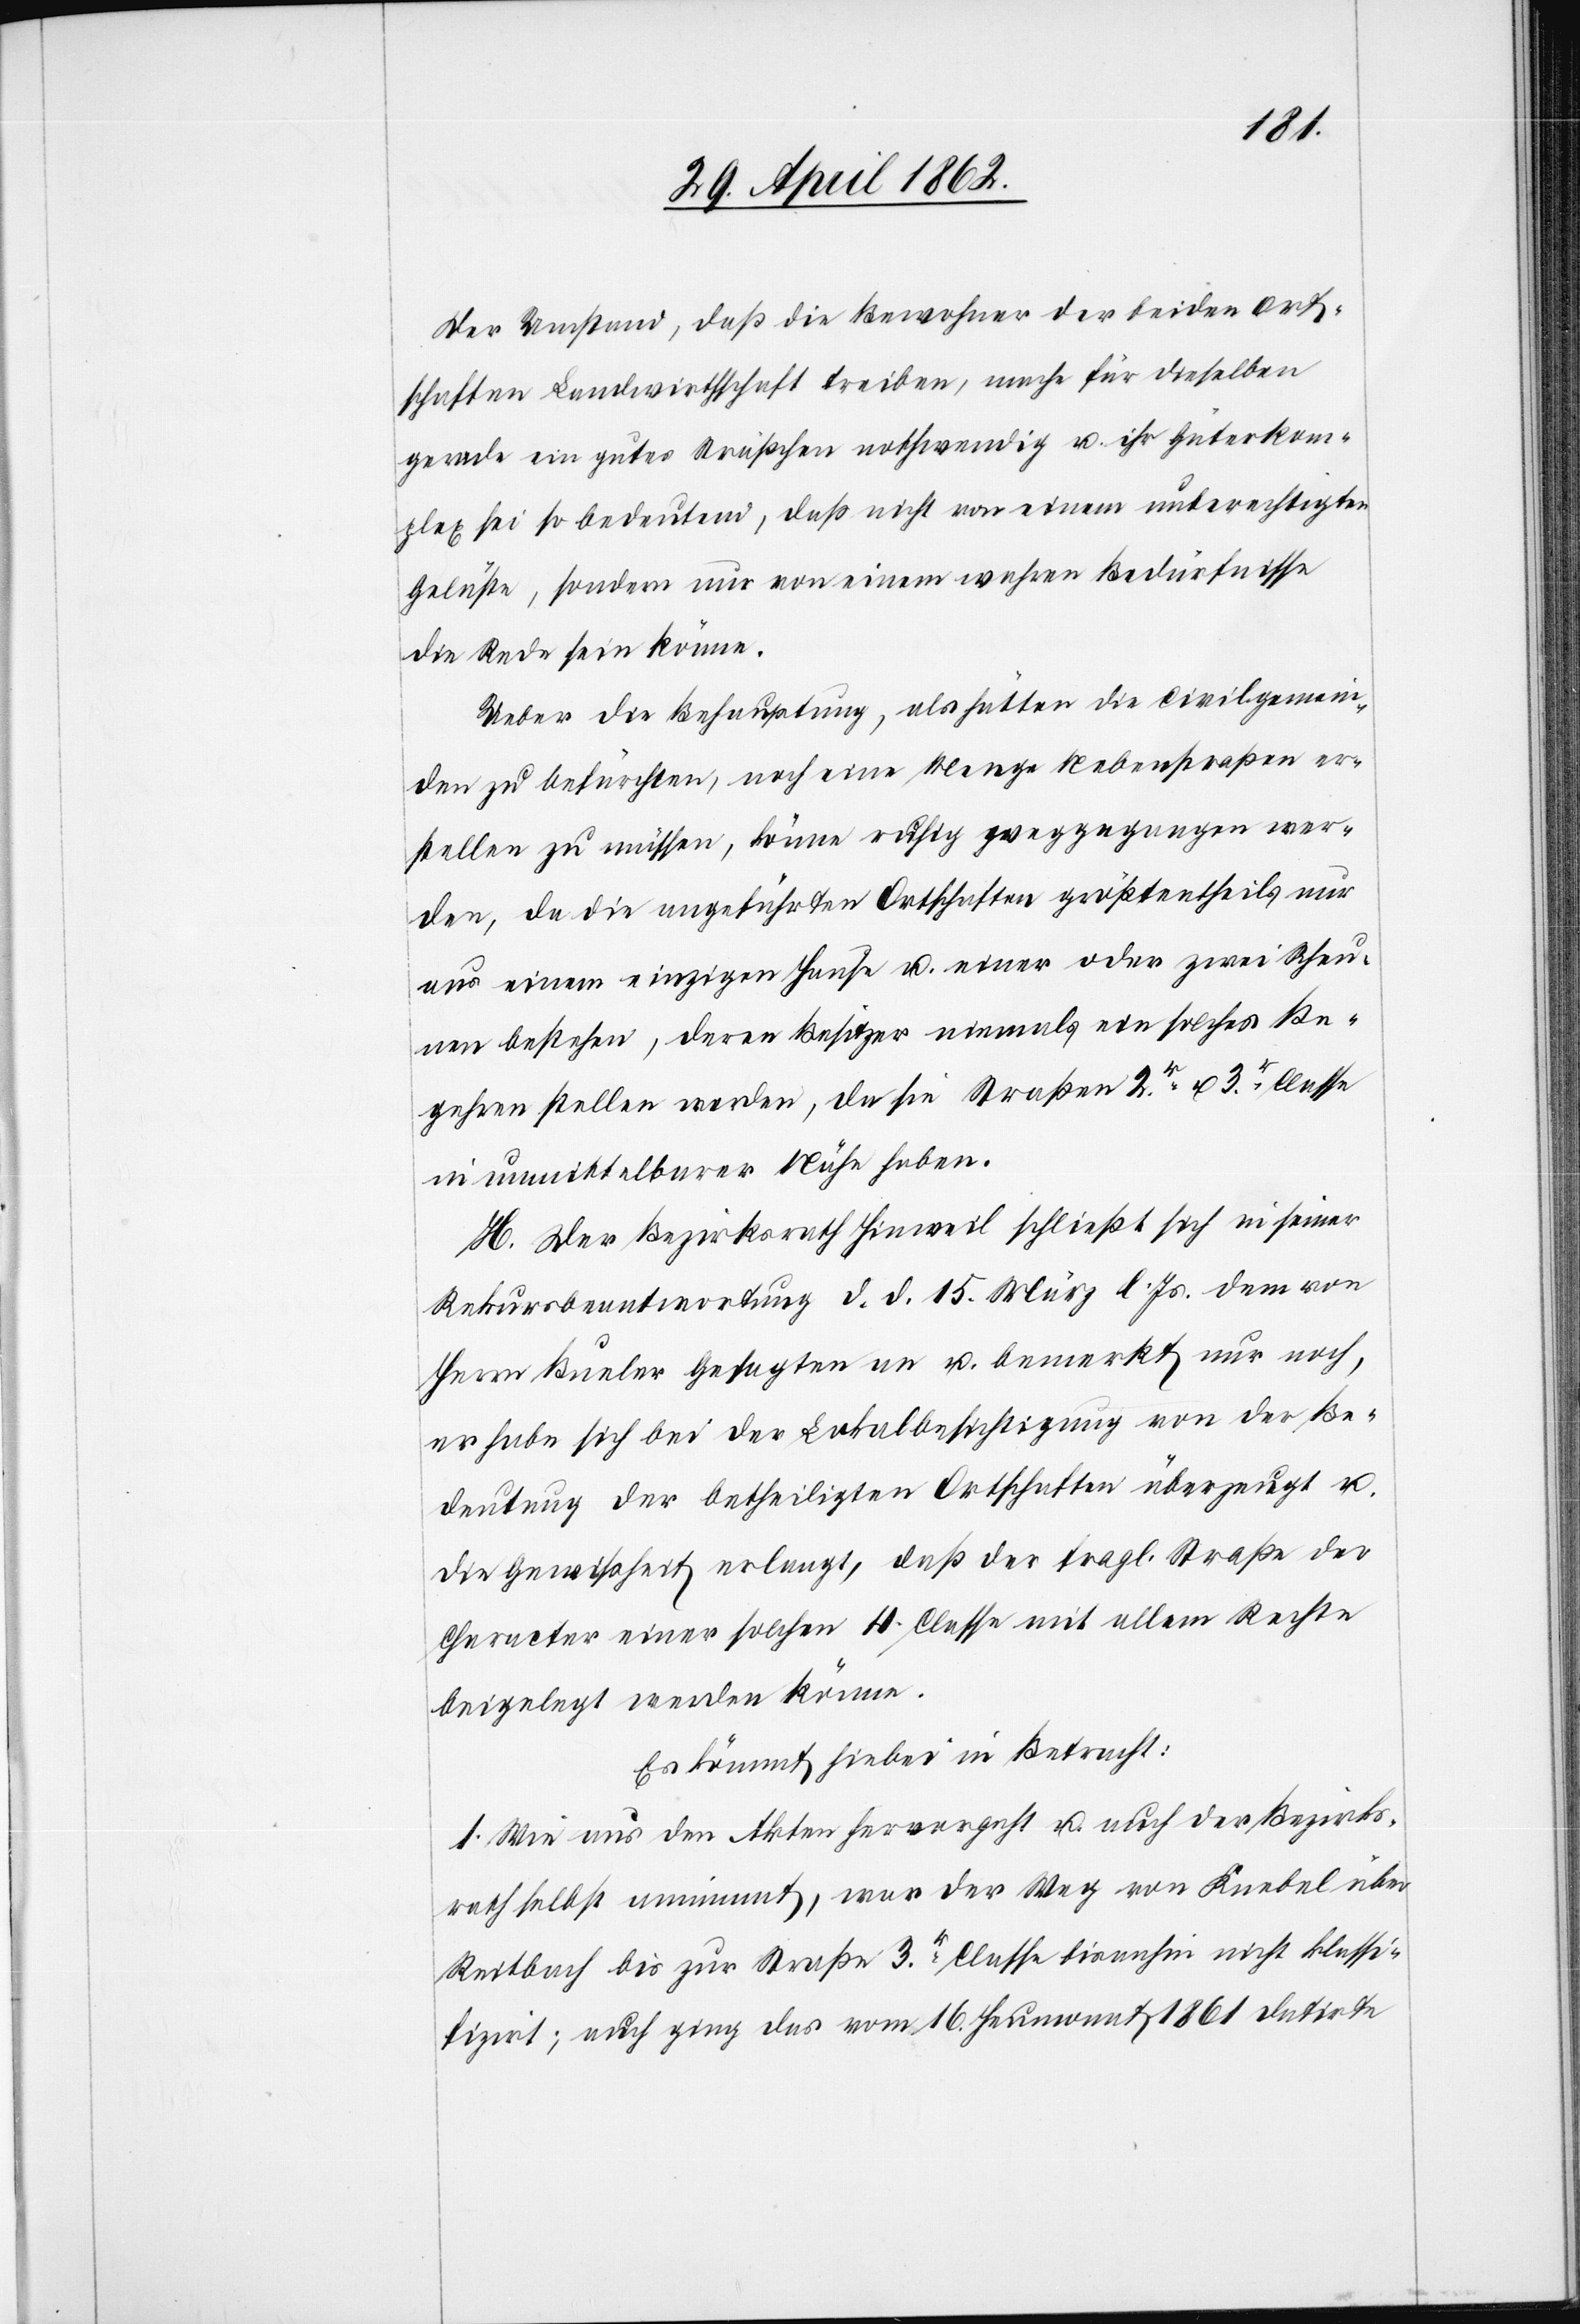
Der Umstand, daß die Bewohner der beiden Ort¬
schaften Landwirtschaft treiben, mache für dieselben
gerade in gutes Sträßchen nothwendig u. ihr Güterkom¬
plex sei so bedeutend, daß nicht von einem unberechtigten
Geläße, sondern nur von einem wahren Bedürfnisse
die Rede sein könne.
Ueber die Behauptung, als hätten die Civilgemein¬
den zu befürchten, noch eine Menge Nebenstraßen er¬
stellen zu müssen, könne ruhig weggegangen wer¬
den, da die angeführten Ortschaften größtentheils nur
aus einem einzigen Hause u. einer oder zwei Scheu¬
nen bestehen, deren Besitzer niemals ein solches Be¬
gehren stellen werden, da sie Straßen 2r. u. 3r. Classe
in unmittelbarer Nähe haben.
H. Der Bezirksrath Hinweil schließt sich in seiner
Rekursbeantwortung d. d. 15. März l. Js. dem von
Herrn Bueler Gesagtem an u. bemerkt nur noch,
es habe sich bei der Lokalbesichtigung von der Be¬
deutung der betheiligten Ortschaften überhaupt u.
die Gewißheit erlangt, daß der fragl. Straße der
Character einer solchen 4. Classe mit allem Rechte
beigelegt werden könne.
Es kömmt hiebei in Betracht:
1. Wie aus den Akten hervorgeht u. auch der Bezirks¬
rath selbst annimmt, war der Weg von Knebel über
Reitbach bis zur Straße 3r. Classe bisanhin nicht klassi¬
fizirt; auch ging das vom 16. Heumonat 1861 datirte